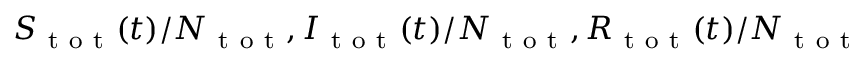
S _ { \mathrm { ~ t ~ o ~ t ~ } } ( t ) / N _ { \mathrm { ~ t ~ o ~ t ~ } } , I _ { \mathrm { ~ t ~ o ~ t ~ } } ( t ) / N _ { \mathrm { ~ t ~ o ~ t ~ } } , R _ { \mathrm { ~ t ~ o ~ t ~ } } ( t ) / N _ { \mathrm { ~ t ~ o ~ t ~ } }